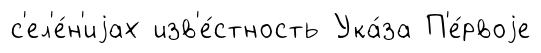
с'ел'е́н'иjах изв'е́стность Ука́за П'е́рвоjе